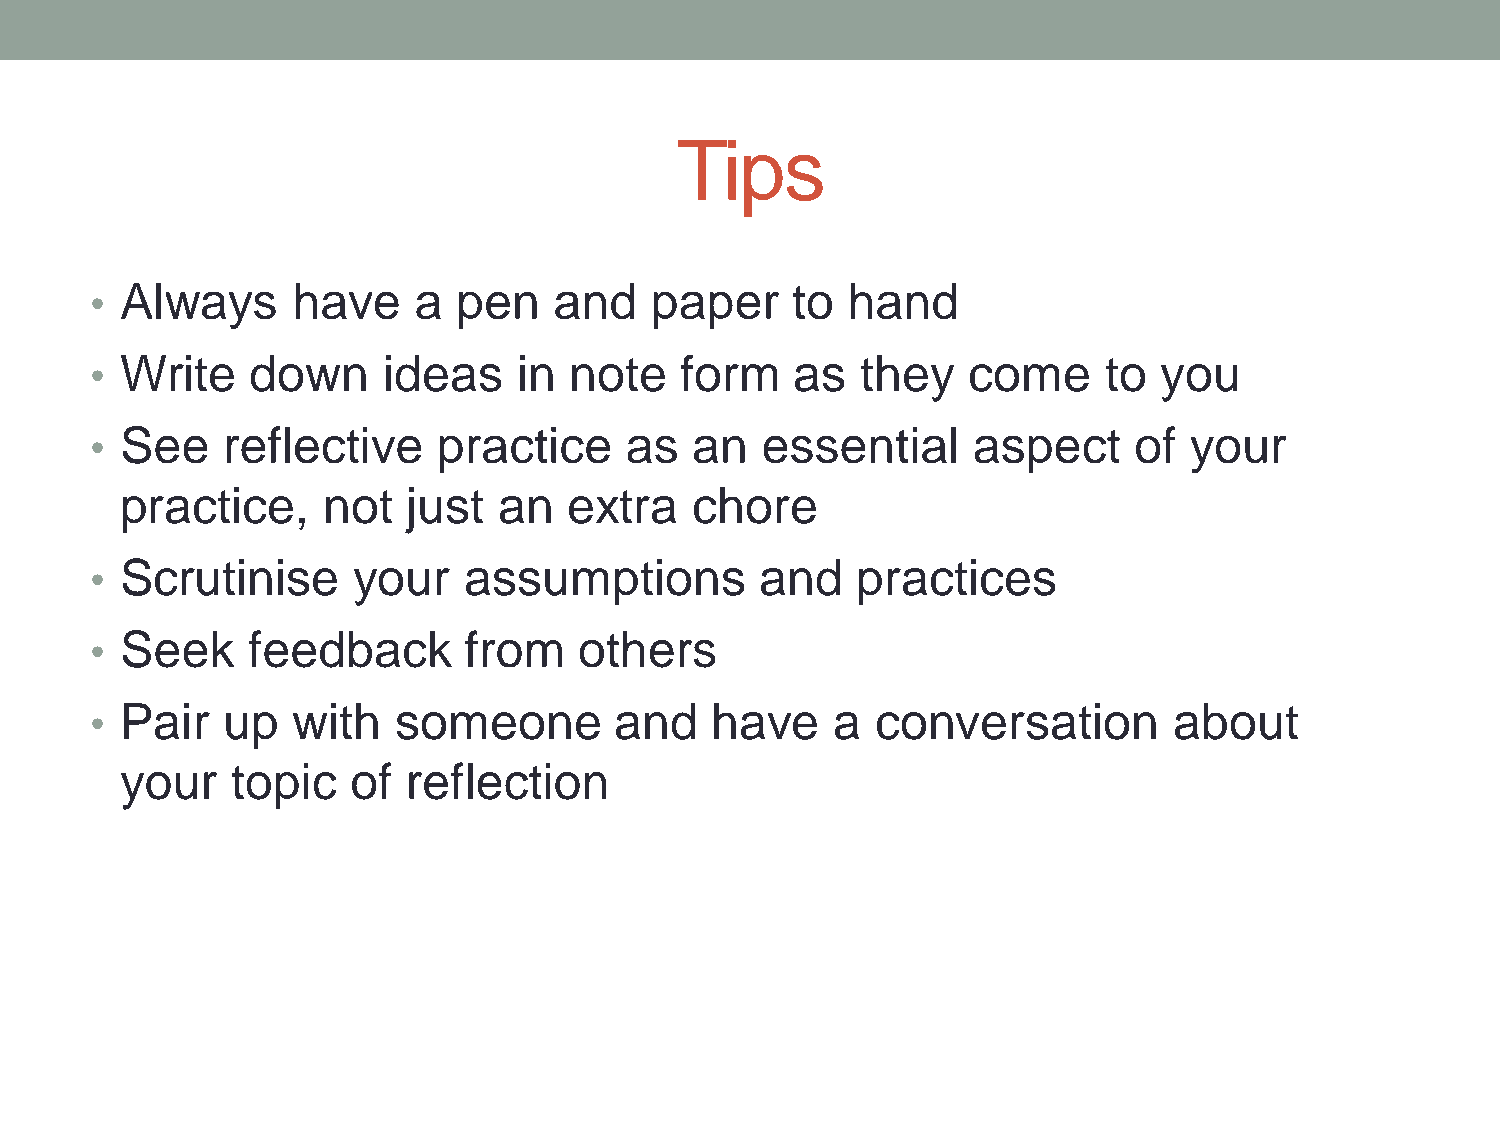
Tips
 • Always     have    a  pen    and   paper    to  hand
 • Write    down    ideas    in  note   form    as  they   come     to  you
 • See    reflective    practice    as   an  essential     aspect     of  your
 practice,    not   just  an   extra   chore
 • Scrutinise     your    assumptions        and    practices
 • Seek    feedback       from   others
 • Pair   up  with   someone        and   have    a  conversation        about
 your   topic   of  reflection